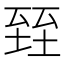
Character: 臸